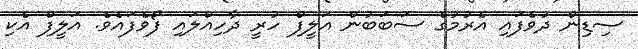
ސިޑިން ދުވެފައި އެރުމުގެ ސަބަބުން އަލީފް ހުރީ ދާހިއްލައި ފޯވެފައެވެ. އަލީފް އެކި